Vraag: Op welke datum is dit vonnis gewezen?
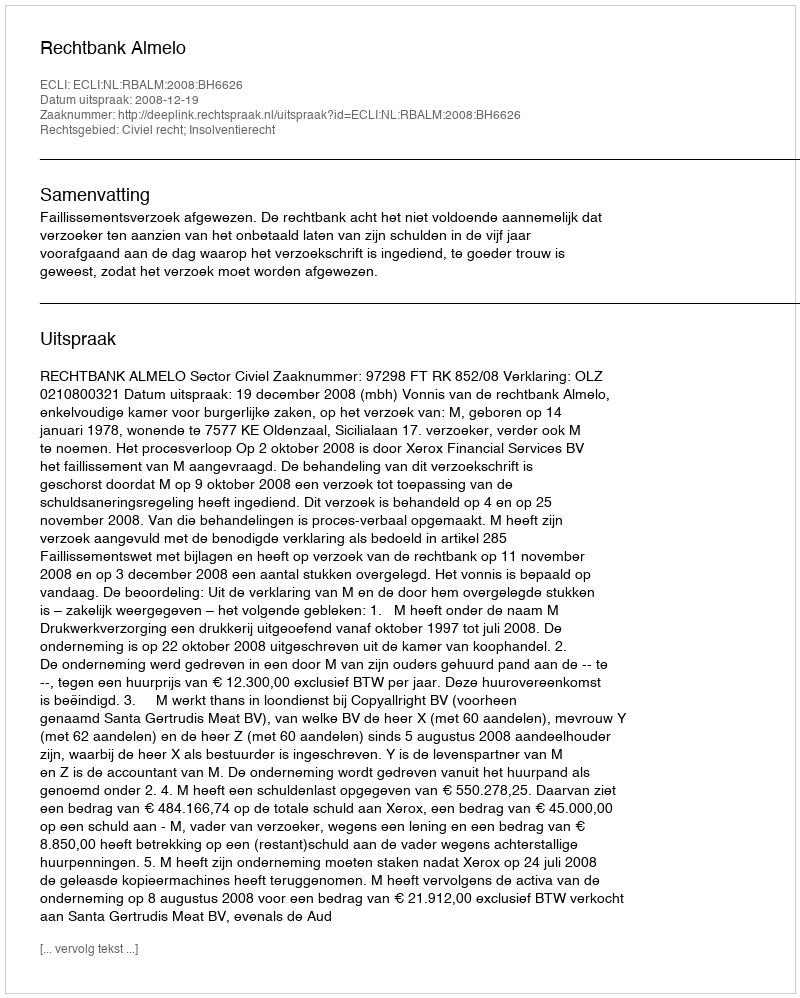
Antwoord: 2008-12-19